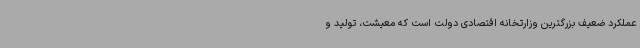
عملکرد ضعیف بزرگترین وزارتخانه اقتصادی دولت است که معیشت، تولید و